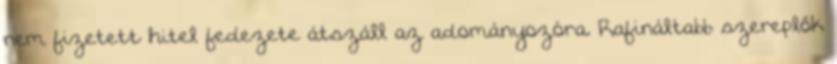
nem fizetett hitel fedezete átszáll az adományozóra. Rafináltabb szereplők